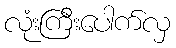
လုံးကြီးပေါက်လှ